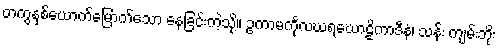
တကွနှစ်ယောက်မြောက်သော နေခြင်းကဲ့သို့။ ဥကာမင်္ကုလဃရဃောဠိကာဒီနံ၊ သန်း ကျမ်းဘိုး